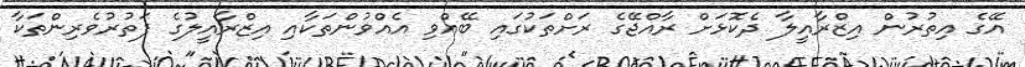
އޭގެ އިތުރުން އިޒްރާއީލާ ދެކޮޅަށް ރާއްޖޭގެ ރަށްތަކުގައި ބޭއްވި އެއްވުންތަކާއި އިޒްރާއީލުގެ ފަތުރުވެރިންތަކާ